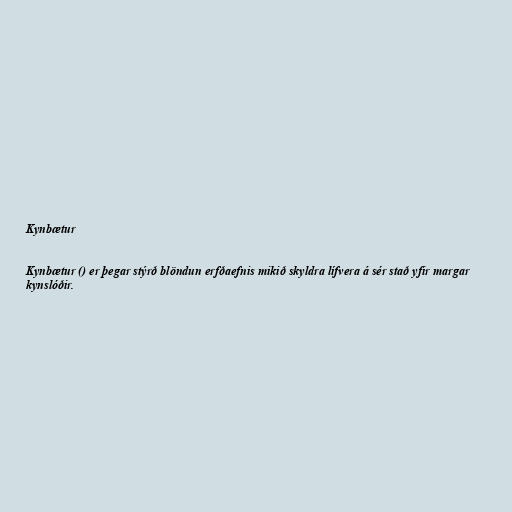
Kynbætur

Kynbætur () er þegar stýrð blöndun erfðaefnis mikið skyldra lífvera á sér stað yfir margar
kynslóðir.